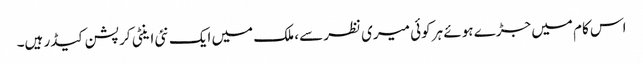
اس کام میں جڑے ہوئے ہر کوئی میری نظر سے، ملک میں ایک نئی اینٹی کرپشن کیڈر ہیں۔